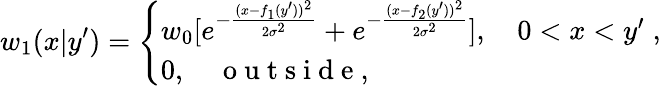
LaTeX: w_{1}(x|y^{\prime})=\left\{ \begin{array}{l}{{w_{0}}[e^{-{\frac{(x-f_{1}(y^{\prime}))^{2}}{2\sigma^{2}}}}+e^{-{\frac{(x-f_{2}(y^{\prime}))^{2}}{2\sigma^{2}}}}],\quad 0<x<y^{\prime}\; ,}\\ {0,\quad\mathrm{~o~u~t~s~i~d~e~,~}}\end{array}\right.